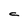
Character: c